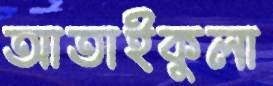
আতাইকুলা